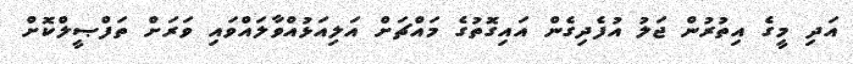
އަދި މީގެ އިތުރުން ޖަލު އުފެދިގެން އައިގޮތުގެ މައްޗަށް އަލިއަޅުއްވާލައްވައި ވަރަށް ތަފްޞީލްކޮށް